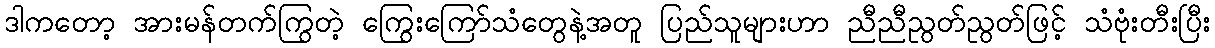
ဒါကတော့ အားမန်တက်ကြွတဲ့ ကြွေးကြော်သံတွေနဲ့အတူ ပြည်သူများဟာ ညီညီညွတ်ညွတ်ဖြင့် သံဗုံးတီးပြီး